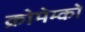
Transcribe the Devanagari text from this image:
क्रोमेम्को